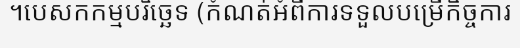
។បេសកកម្មបរិច្ឆេទ (កំណត់អំពីការទទួលបម្រើកិច្ចការ